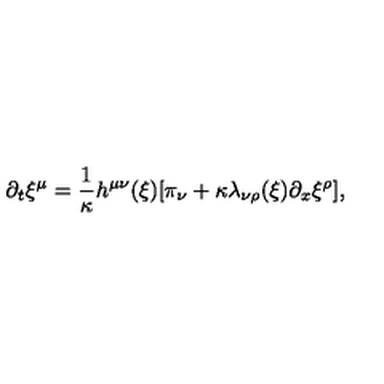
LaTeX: \partial _ { t } \xi ^ { \mu } = \frac { 1 } { \kappa } h ^ { \mu \nu } ( \xi ) [ \pi _ { \nu } + \kappa \lambda _ { \nu \rho } ( \xi ) \partial _ { x } \xi ^ { \rho } ] ,